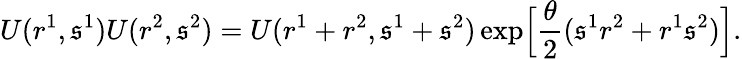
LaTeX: U(r^{1},\mathfrak{s}^{1})U(r^{2},\mathfrak{s}^{2})=U(r^{1}+r^{2},\mathfrak{s}^{1}+\mathfrak{s}^{2})\exp\Bigl[\frac{{\theta}}{{2}}(\mathfrak{s}^{1}r^{2}+r^{1}\mathfrak{s}^{2})\Bigr].